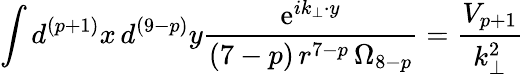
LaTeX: \int d^{(p+1)}x\, d^{(9-p)}y\frac{\mathrm{e}^{ik_{\bot}\cdot y}}{(7-p)\, r^{7-p}\, \Omega_{8-p}}=\frac{V_{p+1}}{k_{\bot}^{2}}